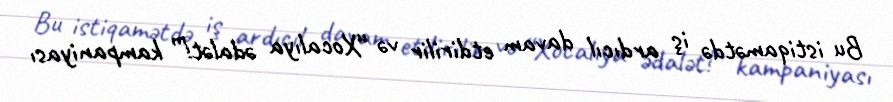
Bu istiqamətdə iş ardıcıl davam etdirilir və “Xocalıya ədalət!” kampaniyası